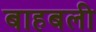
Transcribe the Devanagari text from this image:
बाहबली